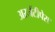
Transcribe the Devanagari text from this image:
अरजेंटीपेस